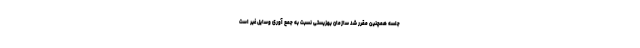
جلسه همچنین مقرر شد سازمان بهزیستی نسبت به جمع آوری وسایل غیر است